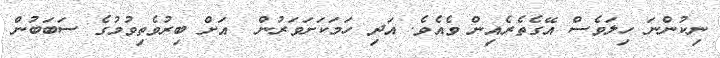
ނިކުންނަ ހިލަވެސް އޭގެތެރެއިން ވެއެވެ. އަދި ހަމަކަށަވަރުން  އަށް ބިރުުވެތިވުމުގެ ސަބަބުން